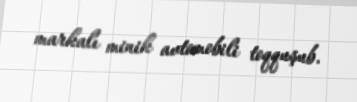
markalı minik avtomobili toqquşub.